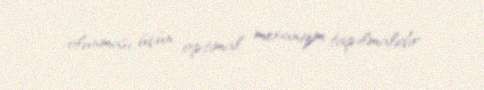
olunması üçün optimal mexanizm tapılmalıdır.